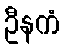
ဦနကံ